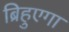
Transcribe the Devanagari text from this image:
ब्रिहुएगा